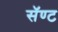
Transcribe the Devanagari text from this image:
सॅण्ट